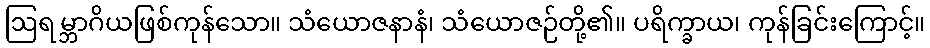
ဩရမ္ဘာဂိယဖြစ်ကုန်သော။ သံယောဇနာနံ၊ သံယောဇဉ်တို့၏။ ပရိက္ခာယ၊ ကုန်ခြင်းကြောင့်။